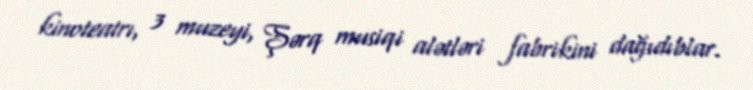
kinoteatrı, 3 muzeyi, Şərq musiqi alətləri fabrikini dağıdıblar.